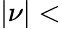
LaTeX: |\nu|<